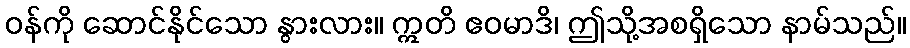
ဝန်ကို ဆောင်နိုင်သော နွားလား။ ဣတိ ဧဝမာဒိ၊ ဤသို့အစရှိသော နာမ်သည်။